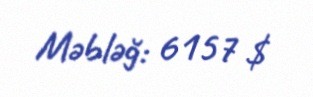
Məbləğ: 6157 $